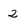
Character: 2